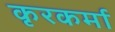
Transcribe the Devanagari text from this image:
कृरकर्मा